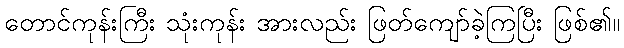
တောင်ကုန်းကြီး သုံးကုန်း အားလည်း ဖြတ်ကျော်ခဲ့ကြပြီး ဖြစ်၏။